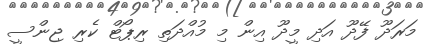
މަރަދޫ ފޭދޫ އަދި މީދޫ އިން މި މުއްދަތި ރިޕޯޓް ކެރި ޖިންސީ